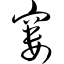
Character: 窭